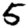
Digit: 5